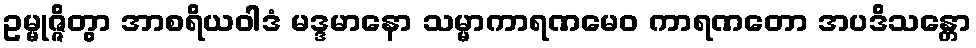
ဥမ္မုဇ္ဇိတွာ အာစရိယဝါဒံ မဒ္ဒမာနော သမ္မာကာရဏမေဝ ကာရဏတော အပဒိသန္တော